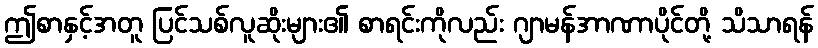
ဤစာနှင့်အတူ ပြင်သစ်လူဆိုးများ၏ စာရင်းကိုလည်း ဂျာမန်အာဏာပိုင်တို့ သိသာရန်